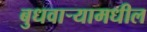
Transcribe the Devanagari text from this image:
बुधवार्‍यामधील